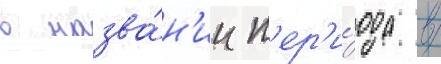
в назва́н'ии п'ер'и́ода в